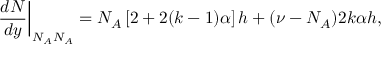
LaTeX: \left. \frac { d N } { d y } \right| _ { N _ { A } N _ { A } } = N _ { A } \left[ 2 + 2 ( k - 1 ) \alpha \right] h + ( \nu - N _ { A } ) 2 k \alpha h ,